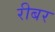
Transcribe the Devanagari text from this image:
रीबर